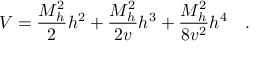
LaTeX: V = { \frac { M _ { h } ^ { 2 } } { 2 } } h ^ { 2 } + { \frac { M _ { h } ^ { 2 } } { 2 v } } h ^ { 3 } + { \frac { M _ { h } ^ { 2 } } { 8 v ^ { 2 } } } h ^ { 4 } \quad .